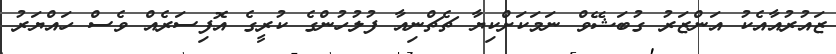
ޒައުރުއާއެކު އަންޒަރު ގުބަޝޭވް ނަމަކަށްކިޔާ ޗެޗްނިއާ ފުލުހުންގެ ކުރީގެ އޮފިސަރެއް ވެސް ހައްޔަރު